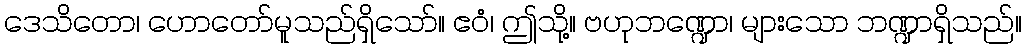
ဒေသိတော၊ ဟောတော်မူသည်ရှိသော်။ ဧဝံ၊ ဤသို့။ ဗဟုဘဏ္ဍော၊ များသော ဘဏ္ဍာရှိသည်။